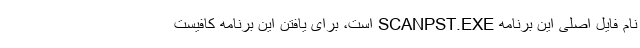
نام فایل اصلی این برنامه SCANPST.EXE است، برای یافتن این برنامه کافیست